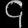
Digit: ၄